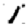
Digit: 1